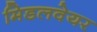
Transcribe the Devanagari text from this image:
मिडलवेयर